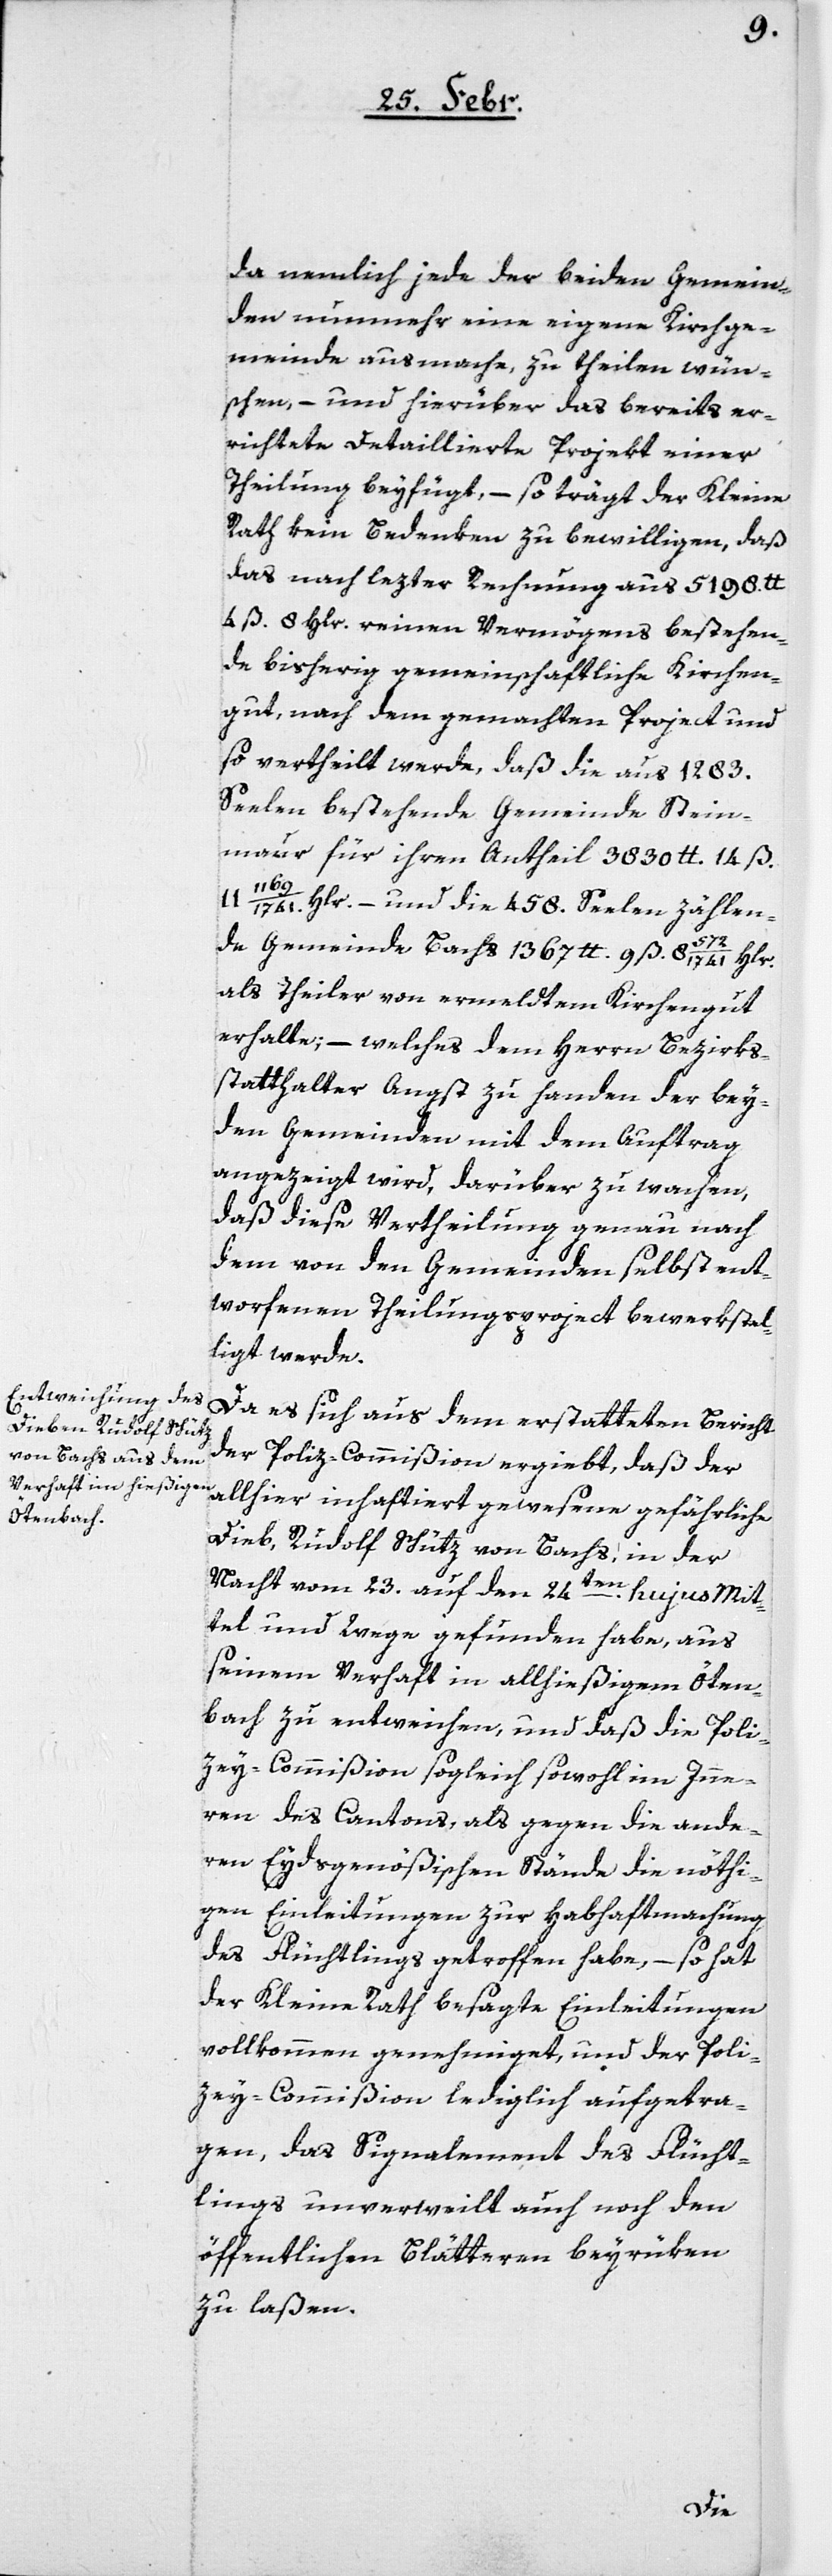
da nemlich jede der beiden Gemein¬
den nunmehr eine eigene Kirchge¬
meinde ausmache, zu theilen wün¬
schen, – und hierüber das bereits er¬
richtete detaillierte Projekt einer
Theilung beyfügt, – so trägt der Kleine
Rath kein Bedenken zu bewilligen, daß
das nach letzter Rechnung aus 5198 lb.
4 ß 8 Hlr. reinen Vermögens bestehen¬
de bisherig gemeinschaftliche Kirchen¬
gut, nach dem gemachten Project und
so vertheilt werde, daß die aus 1283.
Seelen bestehende Gemeinde Stein¬
maur für ihren Antheil 3830 lb. 14 ß
Hlr. – und die 458. Seelen zählen¬
de Gemeinde Bachs 1367 lb. 9 ß 8 572/1741 Hlr.
als Theiler von ermeldtem Kirchengut
erhalte; – welches dem Herrn Bezirks¬
statthalter Angst zu Handen der bey¬
den Gemeinden mit dem Auftrag
angezeigt wird, darüber zu wachen,
daß diese Vertheilung genau nach
dem von den Gemeinden selbst ent¬
worfenen Theilungsproject bewerkstel¬
ligt werde.
Da es sich aus dem erstatteten Bericht
der Poliz-Commißion ergiebt, daß der
allhier inhaftiert gewesene gefährliche
Dieb, Rudolf Schütz von Bachs, in der
Nacht vom 23. auf den 24ten hujus Mit¬
tel und Wege gefunden habe, aus
seinem Verhaft in allhießigem Öten¬
bach zu entweichen, und daß die Poli¬
zey-Commißion sogleich sowohl im Inne¬
ren des Cantons, als gegen die ande¬
ren Eydsgenößischen Stände die nöthi¬
gen Einleitungen zur Habhaftmachung
des Flüchtlings getroffen habe, – so hat
der Kleine Rath besagte Einleitungen
vollkommen genehmiget, und der Poli¬
zey-Commißion lediglich aufgetra¬
gen, das Signalement des Flücht¬
lings unverweilt auch noch den
öffentlichen Blätteren beyrüken
zu laßen.